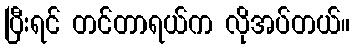
ပြီးရင် တင်တာရယ်က လိုအပ်တယ်။